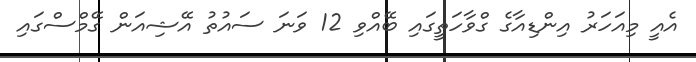
އެއީ މިއަހަރު އިންޑިއާގެ ގްވާހަތީގައި ބޭއްވި 12 ވަނަ ސައުތު އޭޝިއަން ގޭމްސްގައި